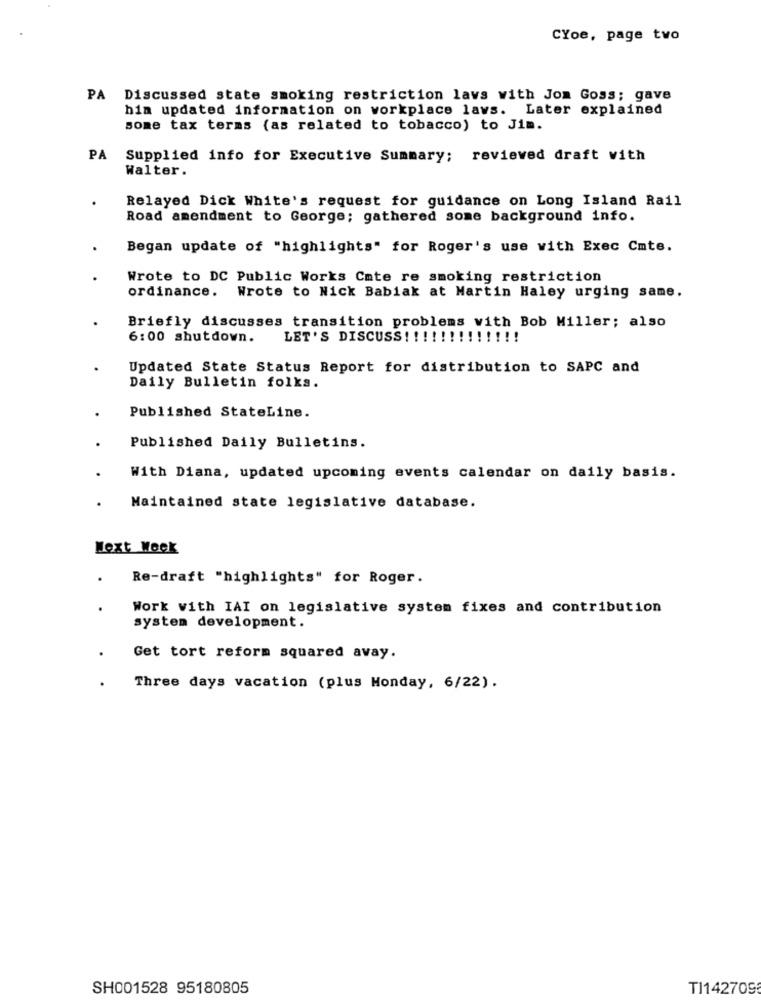
CYoe, page two
PA Discussed state smoking restriction lavs with Jon Goss; gave
hin updated information on workplace lavs. Later explained
some tax terms (as related to tobacco) to Jim.
PA
Supplied info for Executive Summary; reviewed draft with
Walter.
Relayed Dick White's request for guidance on Long Island Rail
Road amendment to George; gathered some background info.
Began update of "highlights" for Roger's use with Exec Cmte.
Wrote to DC Public Works Cate re smoking restriction
ordinance. Wrote to Nick Babiak at Martin Haley urging same.
Briefly discusses transition problems with Bob Miller; also
6:00 shutdown.
LET'S DISCUSS! !!!!!!!!!!!!
Updated State Status Report for distribution to SAPC and
Daily Bulletin folks.
Published StateLine.
.
Published Daily Bulletins.
With Diana, updated upcoming events calendar on daily basis.
Maintained state legislative database.
Next Week
Re-draft "highlights" for Roger.
Work with IAI on legislative system fixes and contribution
system development.
Get tort reform squared avay.
Three days vacation (plus Monday, 6/22).
SH001528 95180805
TI142709